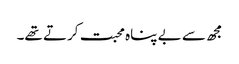
مجھ سے بے پناہ محبت کرتے تھے۔